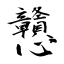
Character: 戇